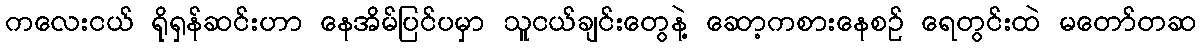
ကလေးငယ် ရိုရှန်ဆင်းဟာ နေအိမ်ပြင်ပမှာ သူငယ်ချင်းတွေနဲ့ ဆော့ကစားနေစဉ် ရေတွင်းထဲ မတော်တဆ